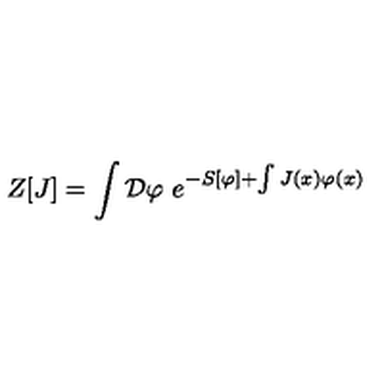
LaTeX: Z [ J ] = \int { \cal D } \varphi \ e ^ { - S [ \varphi ] + \int J ( x ) \varphi ( x ) }